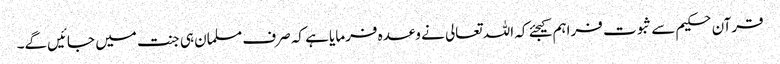
قرآن حکیم سے ثبوت فراہم کیجئے کہ اللہ تعالی نے وعدہ فرمایا ہے کہ صرف مسلمان ہی جنت میں‌ جائیں‌گے۔